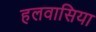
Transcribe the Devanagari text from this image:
हलवासिया